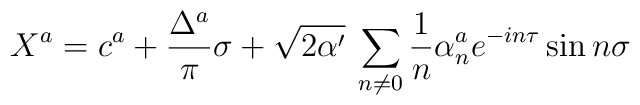
X^{a}=c^{a}+\frac{\Delta ^{a}}{\pi }\sigma +\sqrt{2\alpha '}\: \sum _{n\neq 0}\frac{1}{n}\alpha ^{a}_{n}e^{-in\tau }\sin n\sigma